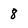
Character: 8